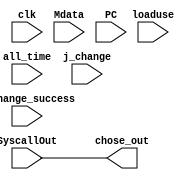
`timescale 1ns / 1ps
//////////////////////////////////////////////////////////////////////////////////
// Company: 
// Engineer: 
// 
// Design Name: 
// Module Name: change_type
// Project Name: 
// Target Devices: 
// Tool Versions: 
// Description: 
// 
// Dependencies: 
// 
// Revision:
// Revision 0.01 - File Created
// Additional Comments:
// 
//////////////////////////////////////////////////////////////////////////////////
module change_type(clk,SyscallOut,Mdata,PC,all_time,j_change,loaduse,b_change_success,chose_out);
input clk;
input [31:0]SyscallOut; //
input [31:0]Mdata;
input [31:0]PC;   //pc
input [31:0]all_time;  //16
input [31:0]j_change;  //
input [31:0]loaduse;  //
input [31:0]b_change_success ;  //
//input reset;  //

output reg [31:0]chose_out;   //31

always @(*)
begin
    chose_out <= SyscallOut;
end

endmodule